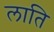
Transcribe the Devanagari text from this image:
लाति